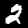
Digit: 2